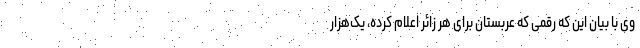
وی با بیان این که رقمی که عربستان برای هر زائر اعلام کرده، یک‌هزار